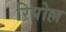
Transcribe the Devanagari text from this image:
रिपोल्ल